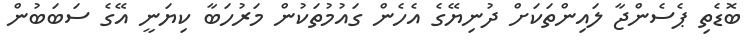
ބޮޑެތި ޕެސެންޖާ ލައިންތަކަށް ދުނިޔޭގެ އެހެން ގައުމުތަކުން މަރުހަބާ ކިޔަނީ އޭގެ ސަބަބުން